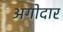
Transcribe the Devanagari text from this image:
अगोदार